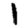
Digit: 1